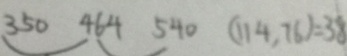
3 5 0 4 6 4 5 4 0 ( 1 1 4 , 7 6 ) = 3 8